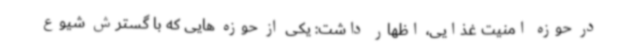
در حوزه امنیت غذایی، اظهار داشت: یکی از حوزه هایی که با گسترش شیوع